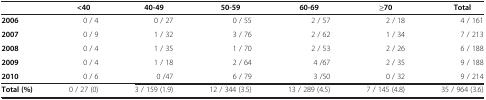
|  | <40 | 40-49 | 50-59 | 60-69 | ≥70 | Total |
 | --- | --- | --- | --- | --- | --- | --- |
 | 2006 | 0 / 4 | 0 / 27 | 0 / 55 | 2 / 57 | 2 / 18 | 4 / 161 |
 | 2007 | 0 / 9 | 1 / 32 | 3 / 76 | 2 / 62 | 1 / 34 | 7 / 213 |
 | 2008 | 0 / 4 | 1 / 35 | 1 / 70 | 2 / 53 | 2 / 26 | 6 / 188 |
 | 2009 | 0 / 4 | 1 / 18 | 2 / 64 | 4 /67 | 2 / 35 | 9 / 188 |
 | 2010 | 0 / 6 | 0 /47 | 6 / 79 | 3 /50 | 0 / 32 | 9 / 214 |
 | Total (%) | 0 / 27 (0) | 3 / 159 (1.9) | 12 / 344 (3.5) | 13 / 289 (4.5) | 7 / 145 (4.8) | 35 / 964 (3.6) |